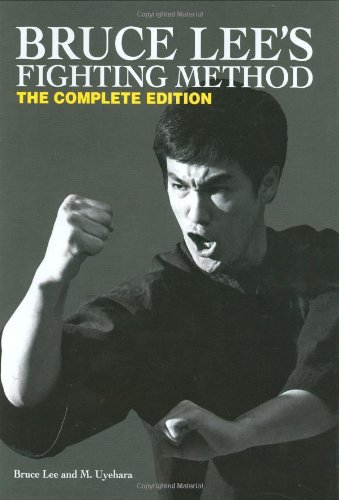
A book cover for Bruce Lee's Fighting Method: The Complete Edition; Bruce Lee; Sports & Outdoors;